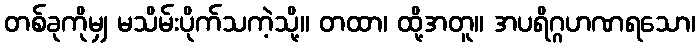
တစ်ခုကိုမျှ မသိမ်းပိုက်သကဲ့သို့။ တထာ၊ ထို့အတူ။ အပရိဂ္ဂဟဏရသော၊